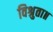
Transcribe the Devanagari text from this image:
विश्रुता॥